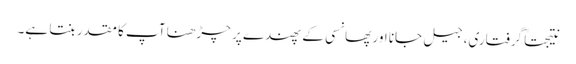
نتیجتاً گرفتاری، جیل جانا اور پھانسی کے پھندے پر چڑھنا آپ کا مقدر بنتا ہے۔